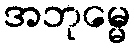
အဘုမ္မေ